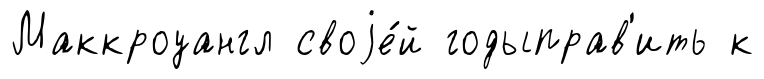
Маккроуангл своjе́й годыправ'ить к